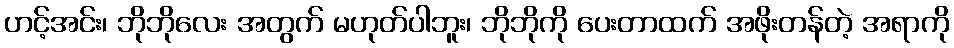
ဟင့်အင်း၊ ဘိုဘိုလေး အတွက် မဟုတ်ပါဘူး၊ ဘိုဘိုကို ပေးတာထက် အဖိုးတန်တဲ့ အရာကို